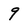
Character: 9